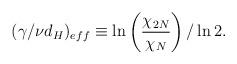
LaTeX: \begin{align*}(\gamma/\nu d_H)_{eff} \equiv\ln\left({\frac{\chi_{2N}}{\chi_{N}}}\right)/\ln 2.\end{align*}